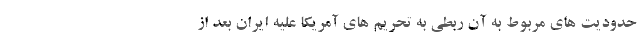
حدودیت های مربوط به آن ربطی به تحریم های آمریکا علیه ایران بعد از